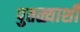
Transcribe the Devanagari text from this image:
पुतळ्याशी